Report on the working of the Ranchi Indian Mental Hospital, Kanke, in Bihar and Orissa - 1930-1940
Year: 1930
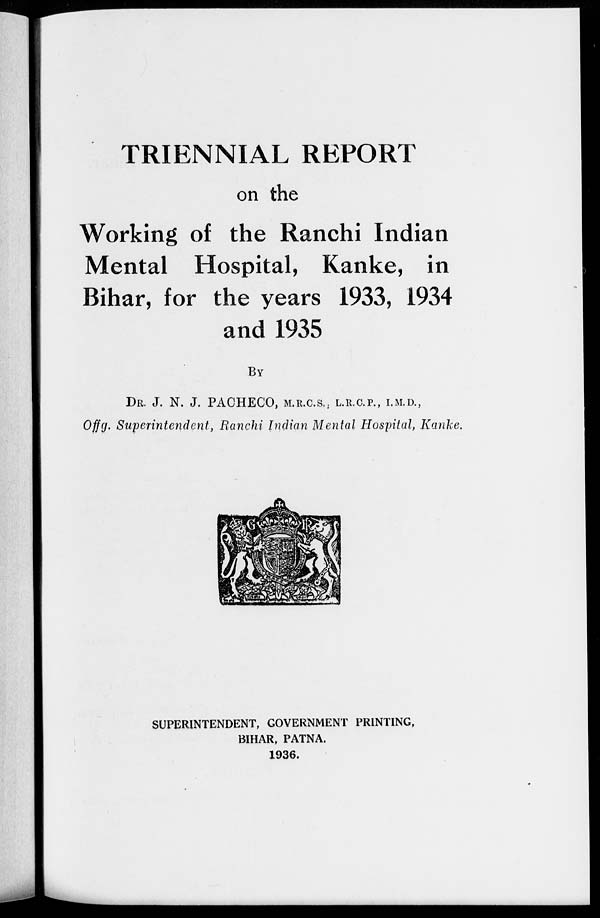
TRIENNIAL REPORT
on the
Working of the Ranchi Indian
Mental Hospital, Kanke, in
Bihar, for the years 1933, 1934
and 1935
BY
DR. J. N. J. PACHECO, M.R.C.S., L.R.C.P., I.M.D.,
Offg. Superintendent, Ranchi Indian Mental Hospital, Kanke.
SUPERINTENDENT, GOVERNMENT PRINTING,
BIHAR, PATNA.
1936.